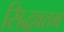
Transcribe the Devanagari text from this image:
सिद्धवतम